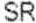
SR